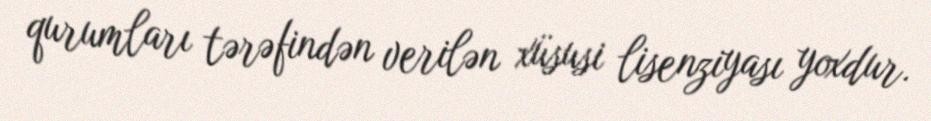
qurumları tərəfindən verilən xüsusi lisenziyası yoxdur.